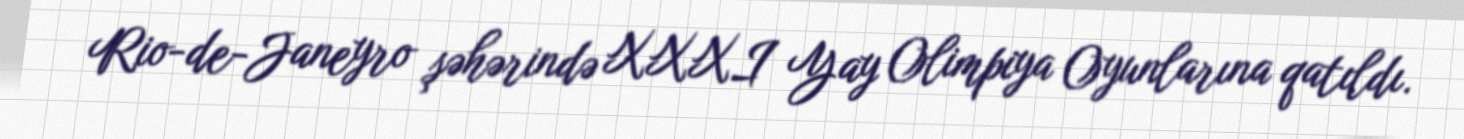
Rio-de-Janeyro şəhərində XXXI Yay Olimpiya Oyunlarına qatıldı.